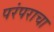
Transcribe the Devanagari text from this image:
परंपराचा